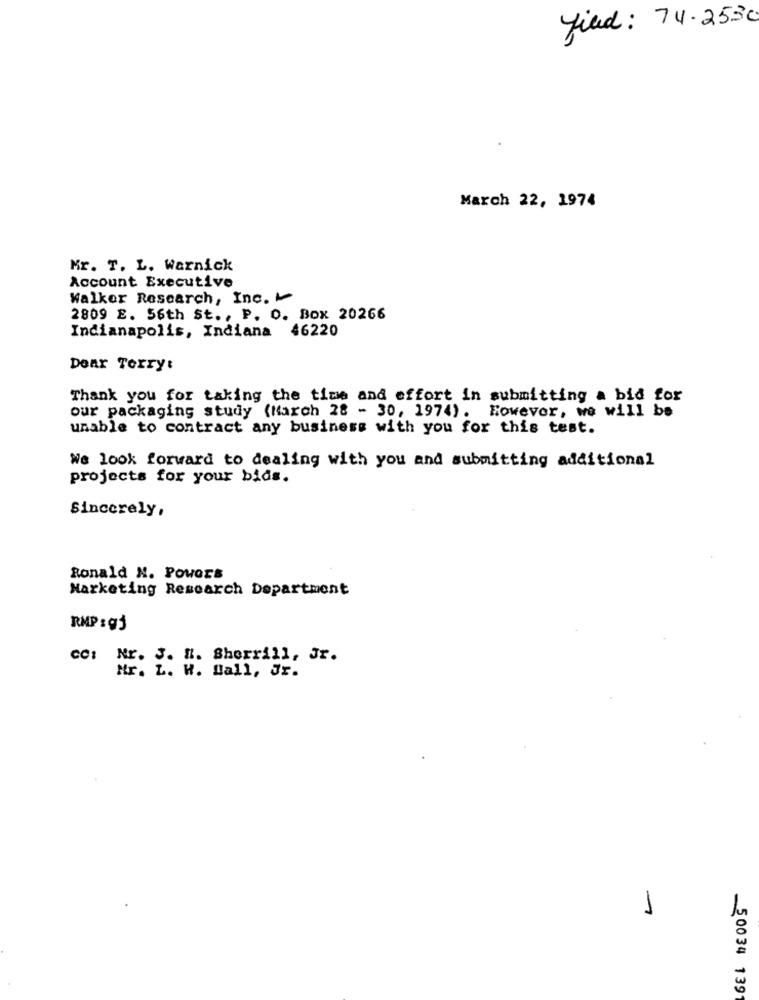
filed: 74.2530
March 22, 1974
Mr. T. L. Warnick
Account Executive
Walker Research, Inc .~
2809 E. 56th St ., P. O. Box 20266
Indianapolis, Indiana 46220
Dear Terry:
Thank you for taking the time and effort in submitting a bid for
our packaging study (March 28 - 30, 1974) . However, we will be
unable to contract any business with you for this test.
We look forward to dealing with you and submitting additional
projects for your bids.
Sincerely,
Ronald N. POWOrs
Marketing Research Department
RMP :9j
cc: Nr. J. M. Sherrill, Jr.
Mr. L. W. Ball, Jr.
50034 139